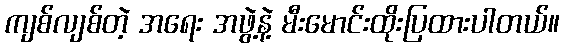
ကျစ်လျစ်တဲ့ အရေး အဖွဲ့နဲ့ မီးမောင်းထိုးပြထားပါတယ်။